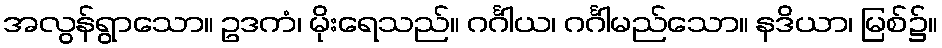
အလွန်ရွာသော။ ဥဒကံ၊ မိုးရေသည်။ ဂင်္ဂါယ၊ ဂင်္ဂါမည်သော။ နဒိယာ၊ မြစ်၌။